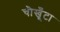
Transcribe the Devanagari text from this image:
चौखूँटा